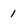
Character: 1